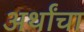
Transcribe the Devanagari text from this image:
अर्थांचा